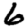
Digit: 6